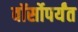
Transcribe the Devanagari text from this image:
वॉर्सोपर्यंत